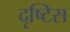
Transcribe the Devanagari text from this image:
दृष्टिस